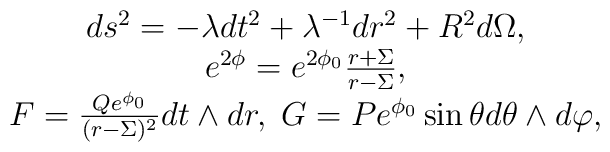
\begin{array}{c}ds^2 = -\lambda dt^2 + \lambda^{-1} dr^2 + R^2 d\Omega,  \\e^{2\phi} = e^{2\phi_0} \frac{r+\Sigma}{r-\Sigma}, \\F = \frac{Qe^{\phi_0}}{(r-\Sigma)^2} dt \wedge dr,\; G=Pe^{\phi_0}\sin \theta d\theta \wedge d\varphi, \end{array}